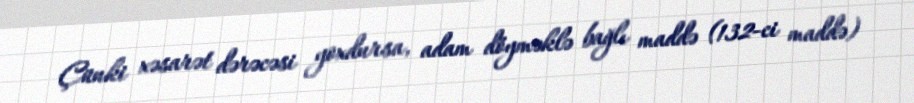
Çünki xəsarət dərəcəsi yoxdursa, adam döyməklə bağlı maddə (132-ci maddə)